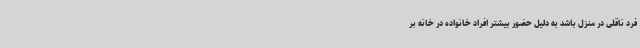
فرد ناقلی در منزل باشد به دلیل حضور بیشتر افراد خانواده در خانه بر